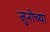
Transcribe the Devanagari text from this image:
जुनोच्या